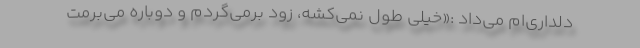
دلداری‌ام می‌داد :«خیلی طول نمی‌کشه، زود برمی‌گردم و دوباره می‌برمت